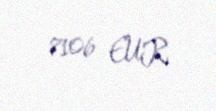
7106 EUR